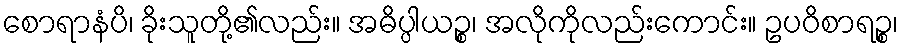
စောရာနံပိ၊ ခိုးသူတို့၏လည်း။ အဓိပ္ပါယဉ္စ၊ အလိုကိုလည်းကောင်း။ ဥပဝိစာရဉ္စ၊